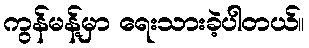
ကွန်မန့်မှာ ရေးသားခဲ့ပါတယ်။